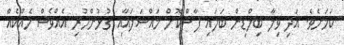
ކަމަށެވެ. އަދި ވިލާ ބިލްޑިން ބަލައި ފާސްކޮށް މައްސަލައާއި ގުޅުންހުރި އެއްވެސް ހެއްކެއް